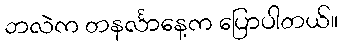
ဘလဲက တနင်္လာနေ့က ပြောပါတယ်။